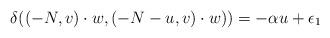
LaTeX: \begin{align*} \delta((-N, v)\cdot w, (-N-u, v)\cdot w))=-\alpha u+\epsilon_1 \end{align*}